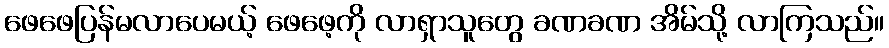
ဖေဖေပြန်မလာပေမယ့် ဖေဖေ့ကို လာရှာသူတွေ ခဏခဏ အိမ်သို့ လာကြသည်။